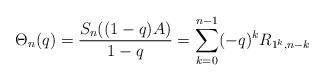
LaTeX: \begin{align*}\Theta_n(q)=\frac{S_n((1-q)A)}{1-q}=\sum_{k=0}^{n-1}(-q)^kR_{1^k,n-k} \end{align*}